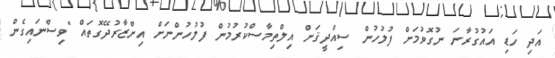
އަދި ހަޑި އައުގުރާނަ ނުގޮވުމަށް ފުލުހުން ސިއްދީޤަށް އިލްތިމާސްކުރުމުން ފުލުހުންނަށް އިންޒާރުދޭގޮތައް "ވިސްނައިގެން